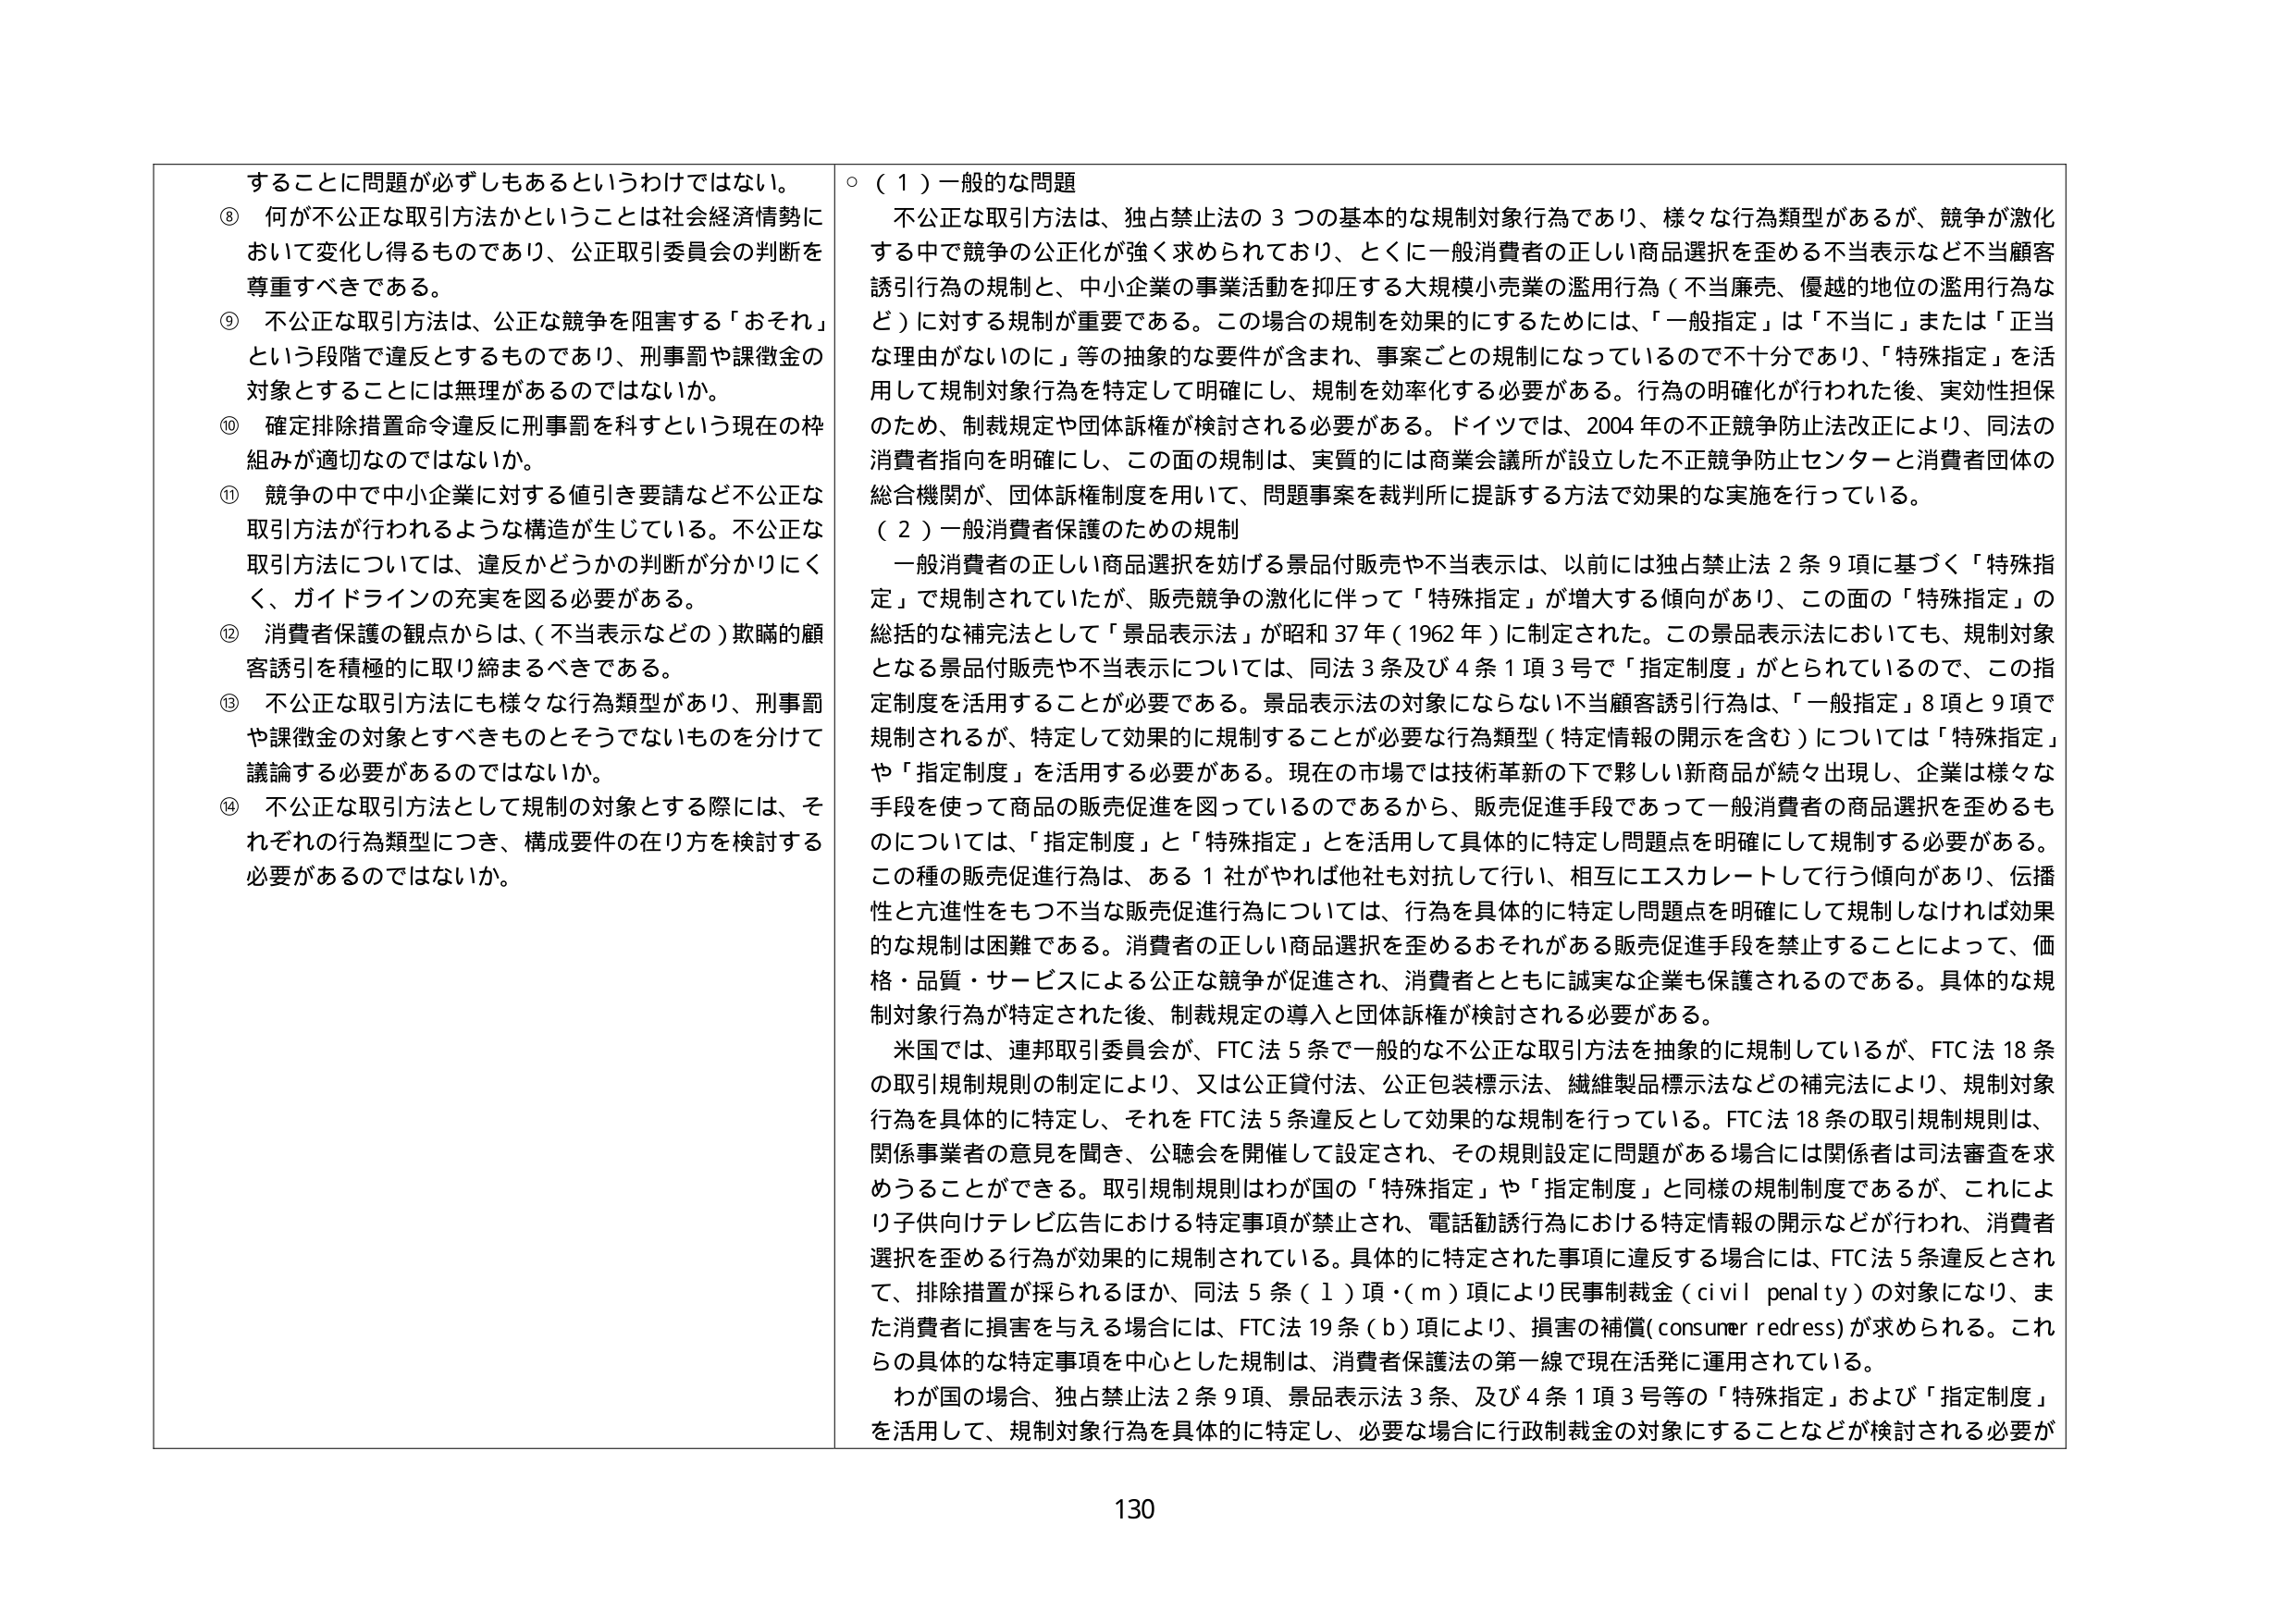
することに問題が必ずしもあるというわけではない。
⑧ 何か不公正な取引方法かということは社会経済情勢において変化し得るものであり、公正取引委員会の判断を尊重すべきである。
⑨ 不公正な取引方法は、公正な競争を阻害する「おそれ」という段階で違反とするものであり、刑事罰や課徴金の対象とすることには無理があるのではないか。
⑩ 確定排除措置命令違反に刑事罰を科すという現在の枠組みが適切なのではないか。
⑪ 競争の中で中小企業に対する値引き要請など不公正な取引方法が行われるような構造が生じている。不公正な取引方法については、違反かどうかの判断が分かりにくく、ガイドラインの充実を図る必要がある。
⑫ 消費者保護の観点からは、（不当表示などの）欺瞞的顧客誘引を積極的に取り締まるべきである。
⑬ 不公正な取引方法にも様々な行為類型があり、刑事罰や課徴金の対象とすべきものとそうでないものを分けて議論する必要があるのではないか。
⑭ 不公正な取引方法として規制の対象とする際には、それぞれの行為類型につき、構成要件の在り方を検討する必要があるのではないか。

○（１）一般的な問題
不公正な取引方法は、独占禁止法の３つの基本的な規制対象行為であり、様々な行為類型があるが、競争が激化する中で競争の公正化が強く求められており、とくに一般消費者の正しい商品選択を歪める不当表示など不当顧客誘引行為の規制と、中小企業の事業活動を抑圧する大規模小売業の濫用行為（不当廉売、優越的地位の濫用行為など）に対する規制が重要である。この場合の規制を効果的にするためには、「一般指定」は「不当に」または「正当な理由がないのに」等の抽象的な要件が含まれ、事案ごとの規制になっているので不十分であり、「特殊指定」を活用して規制対象行為を特定して明確にし、規制を効率化する必要がある。行為の明確化が行われた後、実効性担保のため、制裁規定や団体訴権が検討される必要がある。ドイツでは、2004年の不正競争防止法改正により、同法の消費者指向を明確にし、この面の規制は、実質的には商業会議所が設立した不正競争防止センターと消費者団体の総合機関が、団体訴権制度を用いて、問題事案を裁判所に提訴する方法で効果的な実施を行っている。

（２）一般消費者保護のための規制
一般消費者の正しい商品選択を妨げる景品付販売や不当表示は、以前には独占禁止法２条９項に基づく「特殊指定」で規制されていたが、販売競争の激化に伴って「特殊指定」が増大する傾向があり、この面の「特殊指定」の総括的な補完法として「景品表示法」が昭和37年（1962年）に制定された。この景品表示法においても、規制対象となる景品付販売や不当表示については、同法３条及び４条１項３号で「指定制度」がとられているので、この指定制度を活用することが必要である。景品表示法の対象にならない不当顧客誘引行為は、「一般指定」８項と９項で規制されるが、特定して効果的に規制することが必要な行為類型（特定情報の開示を含む）については「特殊指定」や「指定制度」を活用する必要がある。現在の市場では技術革新の下で夥しい新商品が続々出現し、企業は様々な手段を使って商品の販売促進を図っているのであるから、販売促進手段であって一般消費者の商品選択を歪めるものについては、「指定制度」と「特殊指定」とを活用して具体的に特定し問題点を明確にして規制する必要がある。この種の販売促進行為は、ある１社がやれば他社も対抗して行い、相互にエスカレートして行う傾向があり、伝播性と亢進性をもつ不当な販売促進行為については、行為を具体的に特定し問題点を明確にして規制しなければ効果的な規制は困難である。消費者の正しい商品選択を歪めるおそれがある販売促進手段を禁止することによって、価格・品質・サービスによる公正な競争が促進され、消費者とともに誠実な企業も保護されるのである。具体的な規制対象行為が特定された後、制裁規定の導入と団体訴権が検討される必要がある。

米国では、連邦取引委員会が、FTC法５条で一般的な不公正な取引方法を抽象的に規制しているが、FTC法18条の取引規制規則の制定により、又は公正貸付法、公正包装標示法、繊維製品標示法などの補完法により、規制対象行為を具体的に特定し、それをFTC法５条違反として効果的な規制を行っている。FTC法18条の取引規制規則は、関係事業者の意見を聞き、公聴会を開催して設定され、その規則設定に問題がある場合には関係者は司法審査を求めることができる。取引規制規則はわが国の「特殊指定」や「指定制度」と同様の規制制度であるが、これにより子供向けテレビ広告における特定事項が禁止され、電話勧誘行為における特定情報の開示などが行われ、消費者選択を歪める行為が効果的に規制されている。具体的に特定された事項に違反する場合には、FTC法５条違反とされ、排除措置が採られるほか、同法５条（ｌ）項・（ｍ）項により民事制裁金（civil penalty）の対象になり、また消費者に損害を与える場合には、FTC法19条（ｂ）項により、損害の補償（consumer redress）が求められる。これらの具体的な特定事項を中心とした規制は、消費者保護法の第一線で現在活発に運用されている。

わが国の場合、独占禁止法２条９項、景品表示法３条、及び４条１項３号等の「特殊指定」および「指定制度」を活用して、規制対象行為を具体的に特定し、必要な場合に行政制裁金の対象にすることなどが検討される必要が

130